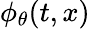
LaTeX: \phi_{\theta}(t,x)